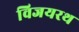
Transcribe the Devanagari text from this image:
विजयरथ